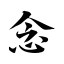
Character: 念